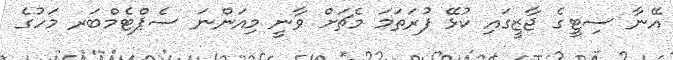
އޭނާ ސިޓީގެ ޖާޒީގައި ކުޅޭ ފުރަތަމަ މެޗަށް ވާނީ މިއަންނަ ސެޕްޓެމްބަރ މަހުގެ